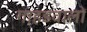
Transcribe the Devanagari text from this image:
गाहडवालों